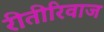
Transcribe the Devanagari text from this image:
रीतीरिवाज